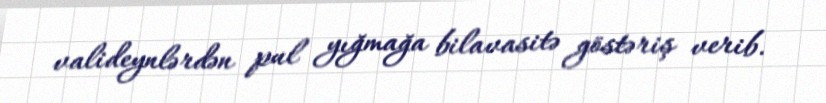
valideynlərdən pul yığmağa bilavasitə göstəriş verib.